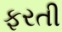
ફરતી